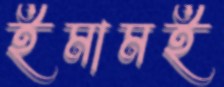
ইমামই